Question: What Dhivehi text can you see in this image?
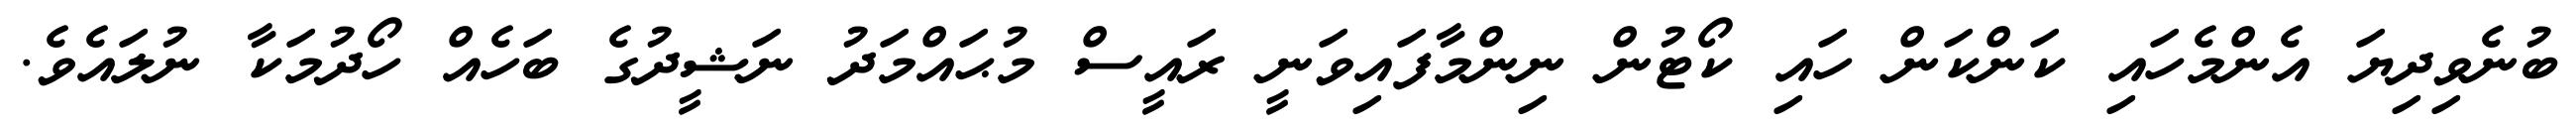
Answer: ބުނެވިދިޔަ އެންމެހައި ކަންކަން ހައި ކޯޓުން ނިންމާފައިވަނީ ރައީސް މުޙައްމަދު ނަޝީދުގެ ބަހެއް ހޯދުމަކާ ނުލައެވެ.